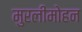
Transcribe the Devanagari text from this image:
मुरलीमोहन